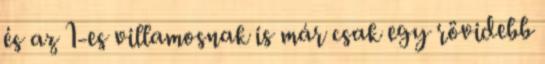
és az 1-es villamosnak is már csak egy rövidebb